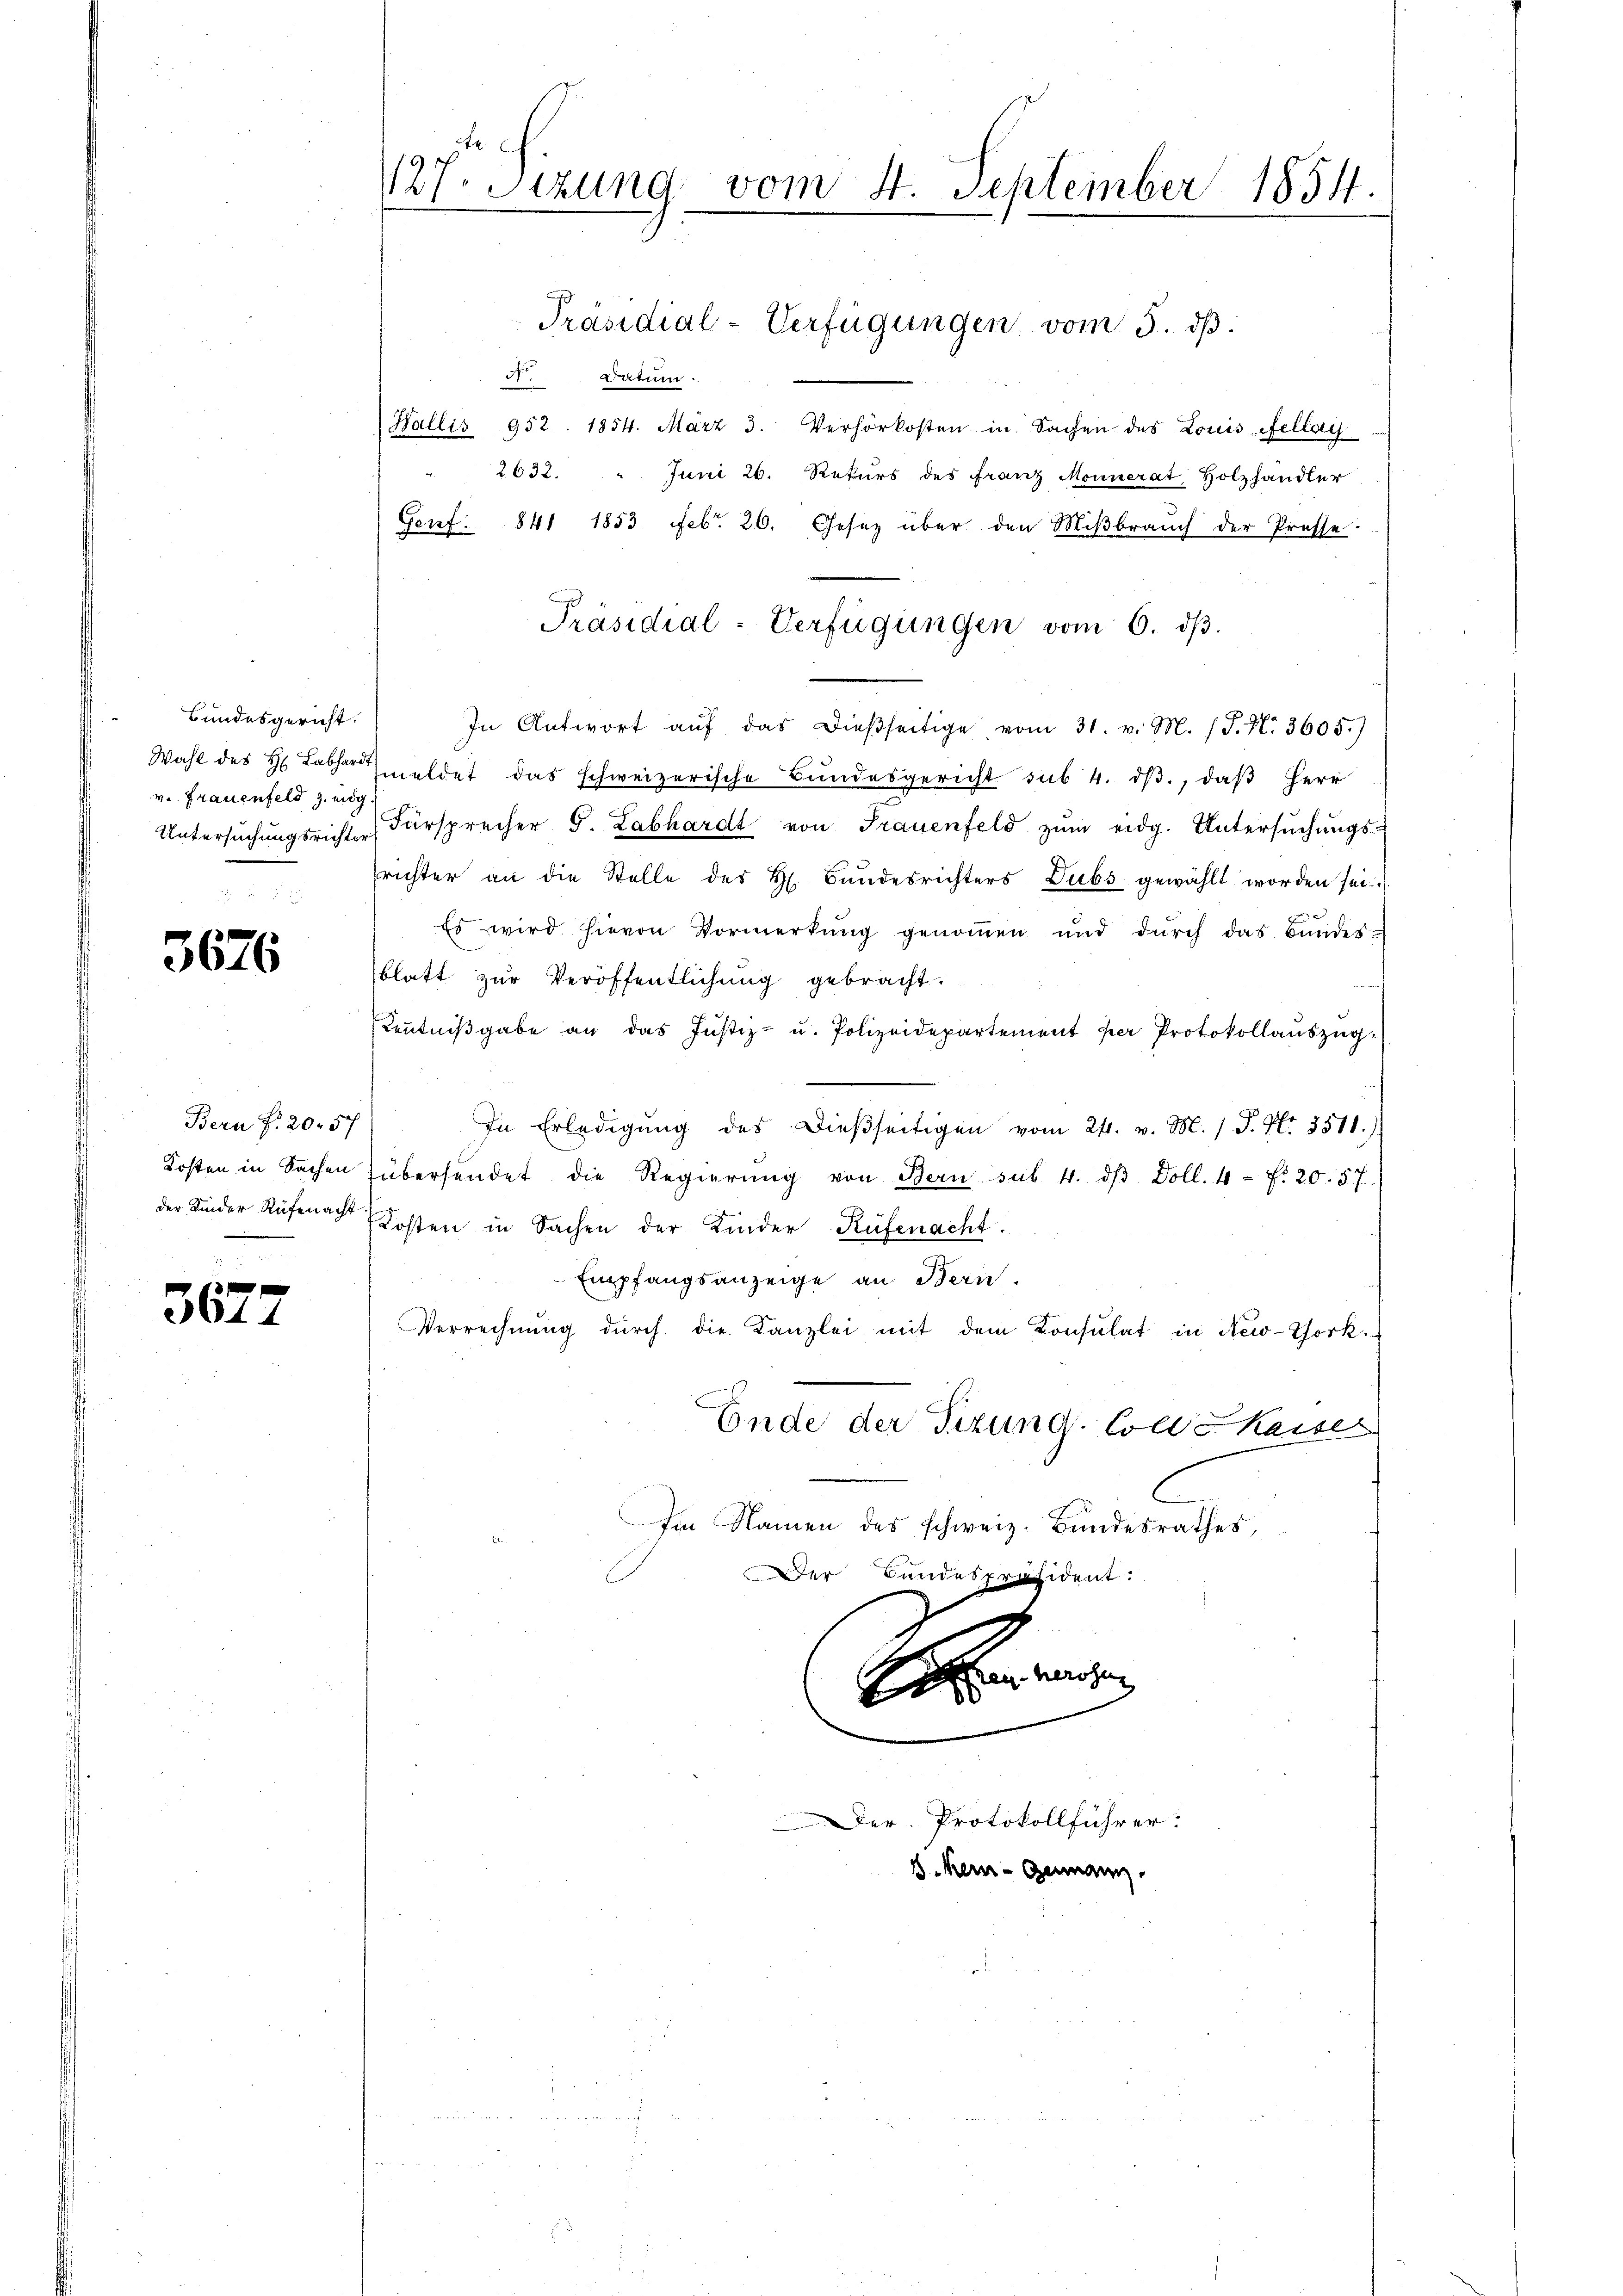
Bundesgericht.
v. Frauenfeld z. eidg.

3676

Bern Fr. 20. 57
Kosten in Sachen
der Kinder Rüfenacht

3677

127. Setzung vom 4. September 1854.

5. datum.
Wallis 952. 1854. März 3. Verhörkosten in Sachen des Louis Fellay
2632. " Juni 26. Rekurs des Franz Monnerat Holzhandler
Genf. 841 1853 Febr. 26. Gesez über den Miβbraŭch der Presse.
In Antwort aŭf das dießseitige vom 31. v. M. (T. N. 3605.)
Wahl des H. Labharmeldet das schweizerische Bŭndesgericht sub. 4. dβ, daβ Herr
Untersŭchŭngsricht Fürsprecher G. Labhardt von Frauenfeld zŭm eidg. Untersŭchŭngs-
richter an die Stelle des H. Bundesrichters Dubs gewählt worden sei.
Es wird hievon Vormerkung genoṁen und dŭrch das Bandes-
blatt zŭr Veröffentlichŭng gebracht.
Kenntniβgabe an das Justiz- u. Polizeidepartement per Protokollaŭszŭg.
In Erledigŭng des Dieβseitigen vom 21. v. M. 1 S. Nr. 3511.)
übersendet die Regierŭng von Bern sub. 4. dβ Doll. 4 = Fr. 20. 57)
Kosten in Sachen der Kinder Rüfenacht.
Empfangsanzeige an Bern.
Verrechnung durch die Kanzlei mit dem Konsulat in New-York
Ende der Tizung. Colle Kaiser
Im Namen des schweiz. Bundesrathes,
Der Bundespräsident:

Präsidial-Verfügungen vom 6. dβ.

Präsidial-Verfügungen vom 5. dβ.

Heer eine
Der Protokollführer
8 kein Germann.